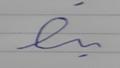
Signature authenticity: forged